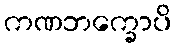
ကဏဘက္ခောပိ